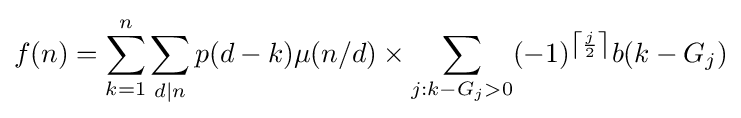
f(n)=\sum _{k=1}^{n}\sum _{d|n}p(d-k)\mu (n/d)\times \sum _{j:k-G_{j}>0}(-1)^{\left\lceil {\frac {j}{2}}\right\rceil }b(k-G_{j})